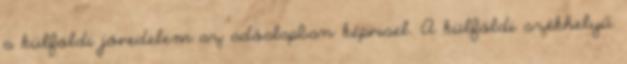
a külföldi jövedelem az adóalapban képvisel. A külföldi székhelyű